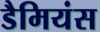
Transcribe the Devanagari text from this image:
डैमियंस